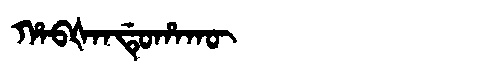
Manchu: ᡥᠠᠪᡧᠠᠨᡩᡠᡥᠠᡴᡡ
Romanization: HABŠANDUHAKŪ